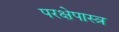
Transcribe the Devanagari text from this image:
परक्षेपास्त्र